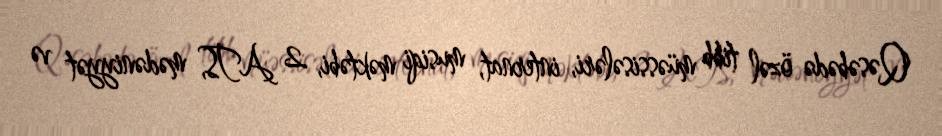
Qəsəbədə özəl tibb müəssisələri, internat, musiqi məktəbi, 2 ATS, mədəniyyət və